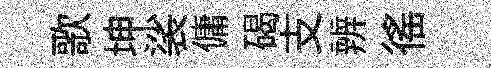
歌坤裟傭碣支辨徭